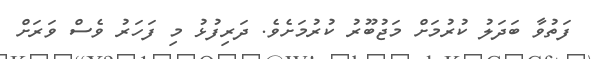
ފަތުވާ ބަދަލު ކުރުމަށް މަޖުބޫރު ކުރުމަށެވެ. ދަރިފުޅު މި ފަހަރު ވެސް ވަރަށް